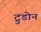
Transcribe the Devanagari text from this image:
ट्रुडोन